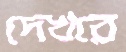
দেখরে